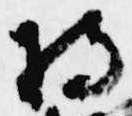
持